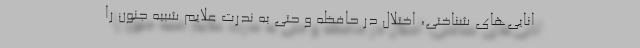
انایی‌های شناختی، اختلال در حافظه و حتی به ندرت علایم شبیه جنون را